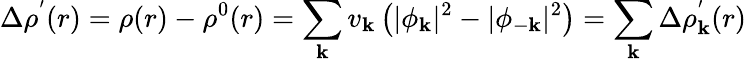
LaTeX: \Delta\rho^{'}(r)=\rho(r)-\rho^{0}(r)=\sum_{\mathbf{k}}v_{\mathbf{k}}\left(|\phi_{\mathbf{k}}|^{2}-|\phi_{-\mathbf{k}}|^{2}\right)=\sum_{\mathbf{k}}\Delta\rho_{\mathbf{k}}^{'}(r)